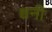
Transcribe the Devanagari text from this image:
श्वनी